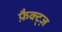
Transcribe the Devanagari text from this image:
फ़ैक्ट्ज़